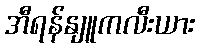
အီရန်နျူကလီးယား